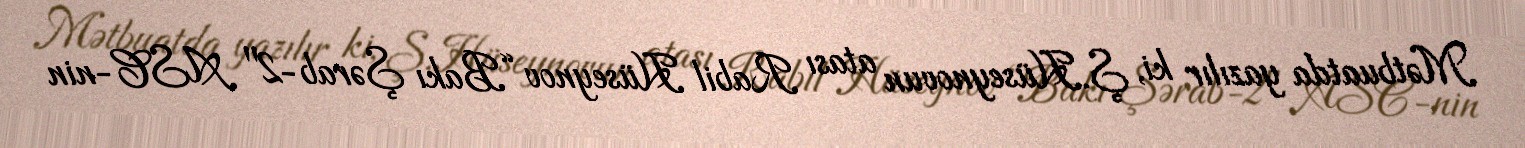
Mətbuatda yazılır ki, Ş.Hüseynovun atası Rabil Hüseynov “Bakı Şərab-2" ASC-nin